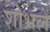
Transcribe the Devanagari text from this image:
शोभलें